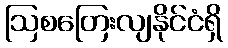
ဩစတြေးလျနိုင်ငံရှိ